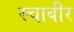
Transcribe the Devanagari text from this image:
स्चाबीर